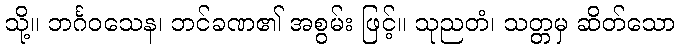
သို့။ ဘင်္ဂဝသေန၊ ဘင်ခဏ၏ အစွမ်း ဖြင့်။ သုညတံ၊ သတ္တမှ ဆိတ်သော